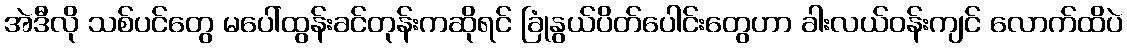
အဲဒီလို သစ်ပင်တွေ မပေါ်ထွန်းခင်တုန်းကဆိုရင် ခြုံနွယ်ပိတ်ပေါင်းတွေဟာ ခါးလယ်ဝန်းကျင် လောက်ထိပဲ